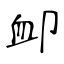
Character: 卹